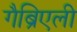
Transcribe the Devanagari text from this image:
गैब्रिएली